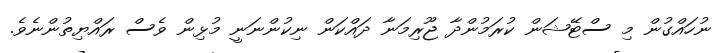
ނުހައްގުން މި ސްޓޭޝަން ކުރަމުންދާ ޖޫރިމަނާ ދައްކަން ނިކުންނަނީ މުޅިން ވެސް ރައްޔިތުންނެވެ.